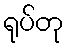
ရုပ်တု